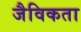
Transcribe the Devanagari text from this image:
जैविकता